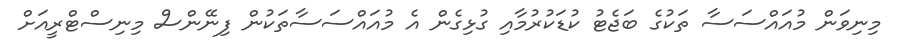
މިނިވަން މުއައްސަސާ ތަކުގެ ބަޖެޓު ކުޑަކުރުމާއި ގުޅިގެން އެ މުއައްސަސާތަކުން ފިނޭންސް މިނިސްޓްރީއަށް